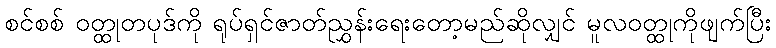
စင်စစ် ဝတ္ထုတပုဒ်ကို ရုပ်ရှင်ဇာတ်ညွှန်းရေးတော့မည်ဆိုလျှင် မူလဝတ္ထုကိုဖျက်ပြီး